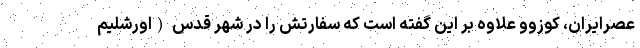
عصرایران، کوزوو علاوه بر این گفته است که سفارتش را در شهر قدس (اورشلیم